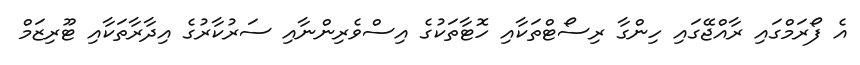
އެ ފޯރަމްގައި ރާއްޖޭގައި ހިންގާ ރިސޯޓްތަކާއި ހޮޓާތަކުގެ އިސްވެރިންނާއި ސަރުކާރުގެ އިދާރާތަކާއި ޓޫރިޒަމް